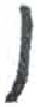
אות: ו